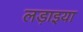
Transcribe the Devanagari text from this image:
लड़ाइया